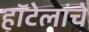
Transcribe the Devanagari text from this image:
हॉटेलांचे